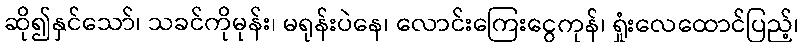
ဆို၍နှင်သော်၊ သခင်ကိုမုန်း၊ မရုန်းပဲနေ၊ လောင်းကြေးငွေကုန်၊ ရှုံးလေထောင်ပြည့်၊